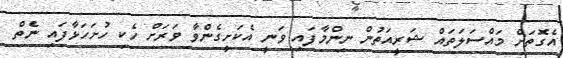
އެގޮތަށް މައްސަލަތައް ޝަރީއަތުން ނިންމާފައި ވަނީ އެކަށީގެންވާ ވަރަށް ހެކި ހުށަހަޅާފައި ނެތް